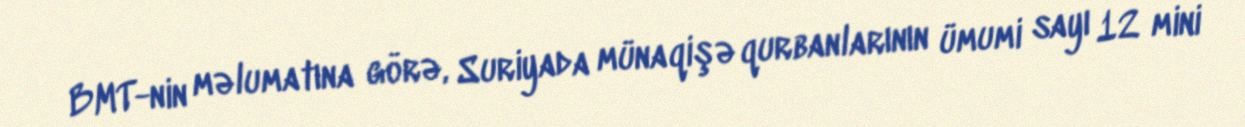
BMT-nin məlumatına görə, Suriyada münaqişə qurbanlarının ümumi sayı 12 mini